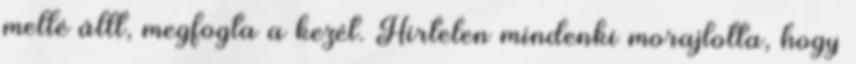
mellé állt, megfogta a kezét. Hirtelen mindenki morajlotta, hogy